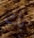
بك